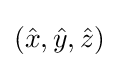
({\hat {x}},{\hat {y}},{\hat {z}})